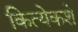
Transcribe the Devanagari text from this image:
कित्येकशे